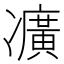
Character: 𠘛